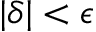
| \delta | < \epsilon